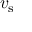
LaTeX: v _ { \mathrm { s } }